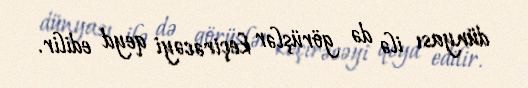
dünyası ilə də görüşlər keçirəcəyi qeyd edilir.